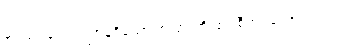
၃။ ပျဉ်ချပ်သဏ္ဌာန်ရှိသော အပြားတို့ဖြင့် စီအပ်သော အဝတ်၊